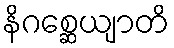
နိဂစ္ဆေယျာတိ